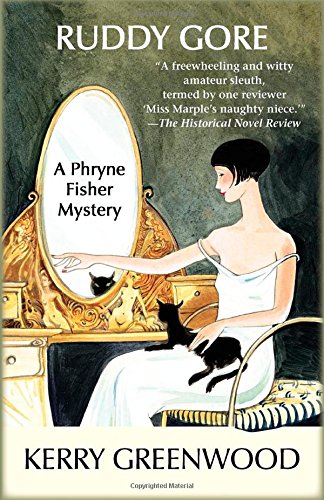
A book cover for Ruddy Gore: A Phryne Fisher Mystery (Phryne Fisher Mysteries); Kerry Greenwood; Literature & Fiction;